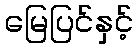
မြေပြင်နှင့်